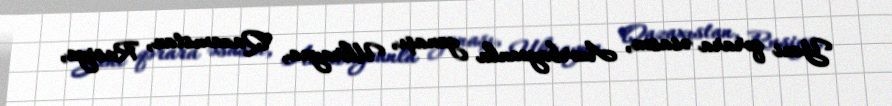
Yeni qərara əsasən, Azərbaycanla yanaşı, Ukrayna, Qazaxıstan, Rusiya,